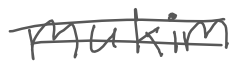
Text: mukim
Cross-out: double-line
Writing tool: digital_gray